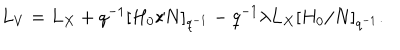
LaTeX: L _ { V } = L _ { X } + q ^ { - 1 } [ H _ { 0 } / N ] _ { q ^ { - 1 } } - q ^ { - 1 } \lambda L _ { X } [ H _ { 0 } / N ] _ { q ^ { - 1 } } .